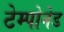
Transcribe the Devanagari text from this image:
टेम्पोनेड